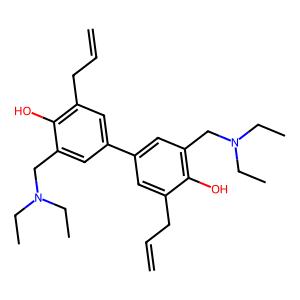
SMILES: C=CCc1cc(-c2cc(CC=C)c(O)c(CN(CC)CC)c2)cc(CN(CC)CC)c1O
Inhibits HIV replication: No